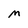
Character: M